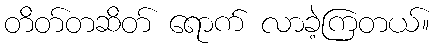
တိတ်တဆိတ် ရောက် လာခဲ့ကြတယ်။